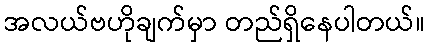
အလယ်ဗဟိုချက်မှာ တည်ရှိနေပါတယ်။